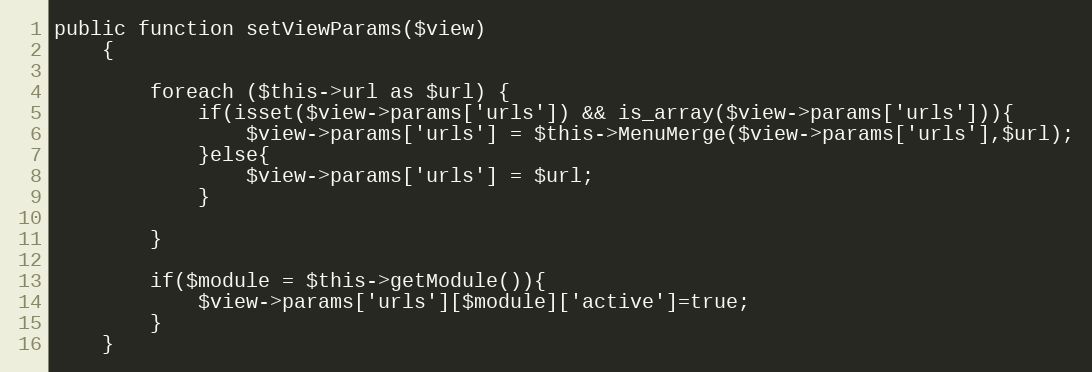
Language: PHP
public function setViewParams($view)
    {

        foreach ($this->url as $url) {
            if(isset($view->params['urls']) && is_array($view->params['urls'])){
                $view->params['urls'] = $this->MenuMerge($view->params['urls'],$url);
            }else{
                $view->params['urls'] = $url;
            }

        }

        if($module = $this->getModule()){
            $view->params['urls'][$module]['active']=true;
        }
    }